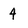
Character: 4